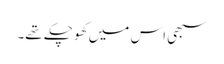
سبھی اس میں کھو چکے تھے۔